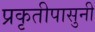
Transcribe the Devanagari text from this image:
प्रकृतीपासुनी